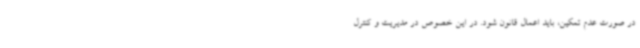
در صورت عدم تمکین، باید اعمال قانون شود. در این خصوص در مدیریت و کنترل